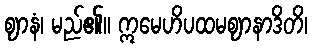
ဈာနံ၊ မည်၏။ ဣမေဟိပထမဈာနာဒိတိ၊